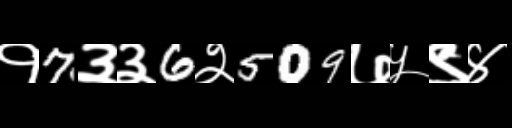
Text: १7३३6२509७५९४